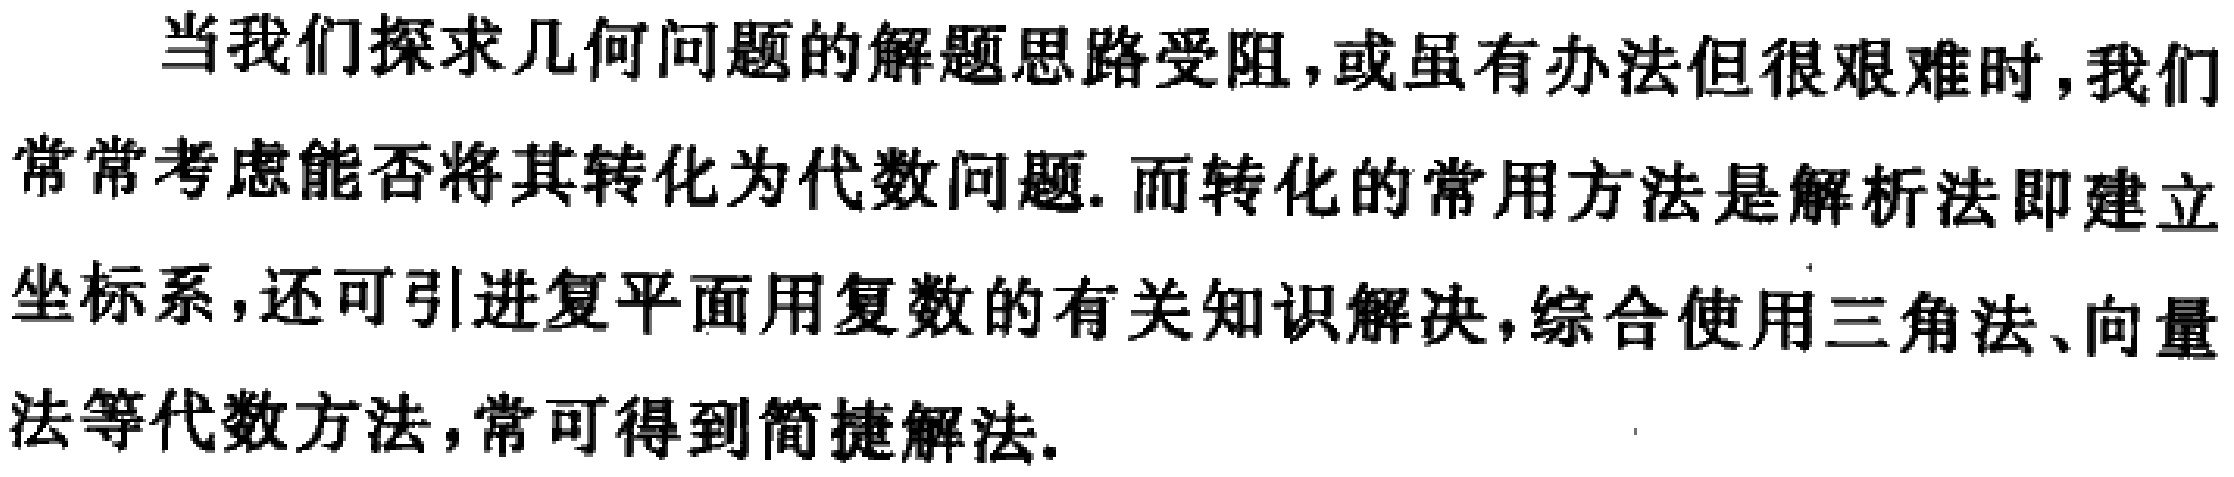
当我们探求几何问题的解题思路受阻，或虽有办法但很艰难时，我们常常考虑能否将其转化为代数问题. 而转化的常用方法是解析法即建立坐标系，还可引进复平面用复数的有关知识解决，综合使用三角法、向量法等代数方法，常可得到简捷解法.